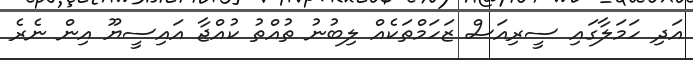
އަދި ހަމަލާގައި ސީރިއަސް ޒަހަމްތަކެއް ލިބުނު ތުއްތު ކުއްޖާ އައިސީޔޫ އިން ނެރެ